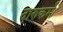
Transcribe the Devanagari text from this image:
दारुकर्म